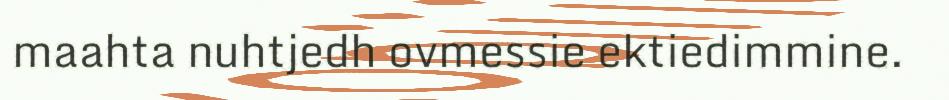
maahta nuhtjedh ovmessie ektiedimmine.